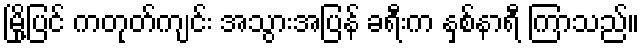
မြို့ပြင် ကတုတ်ကျင်း အသွားအပြန် ခရီးက နှစ်နာရီ ကြာသည်။